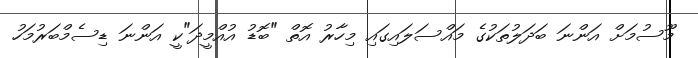
މޫސުމަށް އަންނަ ބަދަލުތަކުގެ މައްސަލައިގައި މިހާރު އޮތް "ބޮޑު އުއްމީދަ"ކީ އަންނަ ޑިސެމްބަރުމަހު